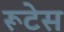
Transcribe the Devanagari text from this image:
रूटेस